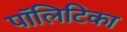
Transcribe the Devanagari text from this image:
पॉलिटिका